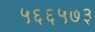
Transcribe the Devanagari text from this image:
५६६५७३